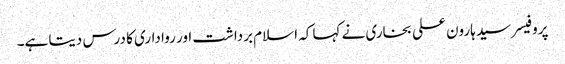
پروفیسر سید ہارون علی بخاری نے کہا کہ اسلام برداشت اور رواداری کا درس دیتا ہے۔